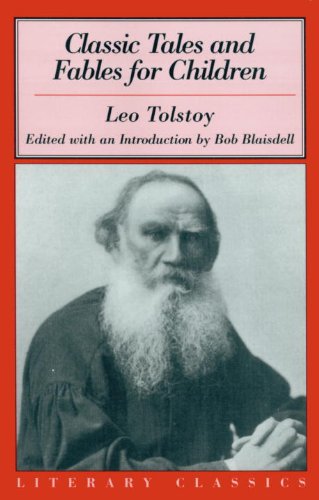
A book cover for Classic Tales and Fables for Children (Literary Classics); Leo Tolstoy; Teen & Young Adult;